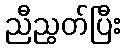
ညီညွတ်ပြီး